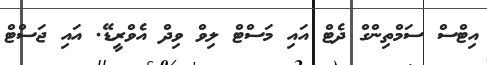
އިޓްސް ސަމްތިންގް ދެޓް އައި މަސްޓް ލިވް ވިދް އެވްރީޑޭ. އައި ޖަސްޓް